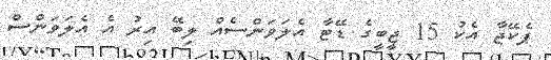
ޕެކޭޖާ އެކު 15 ޖީބީގެ ޑޭޓާ އެލަވަންސެއް ލިބޭ އިރު އެ އެލަވަންސް